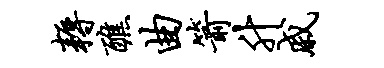
耨醮曲箭升戚